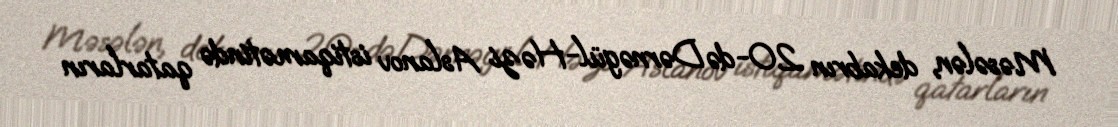
Məsələn, dekabrın 20-də Dərnəgül-Həzi Aslanov istiqamətində qatarların